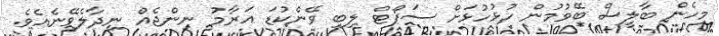
މިހެން ބާލީސް ބޭވުމުން ހުޅުހުޅަށް ސަޕޯޓް ލިބި ވޭންކުޑަ އަރާމު ނިންޖެއް ނިދާލެވޭނެއެވެ.